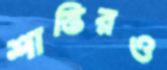
শাস্তিরও